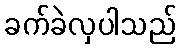
ခက်ခဲလှပါသည်